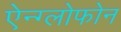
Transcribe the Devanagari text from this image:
ऐन्ग्लोफोन